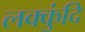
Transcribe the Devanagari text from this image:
लक्कुंदि